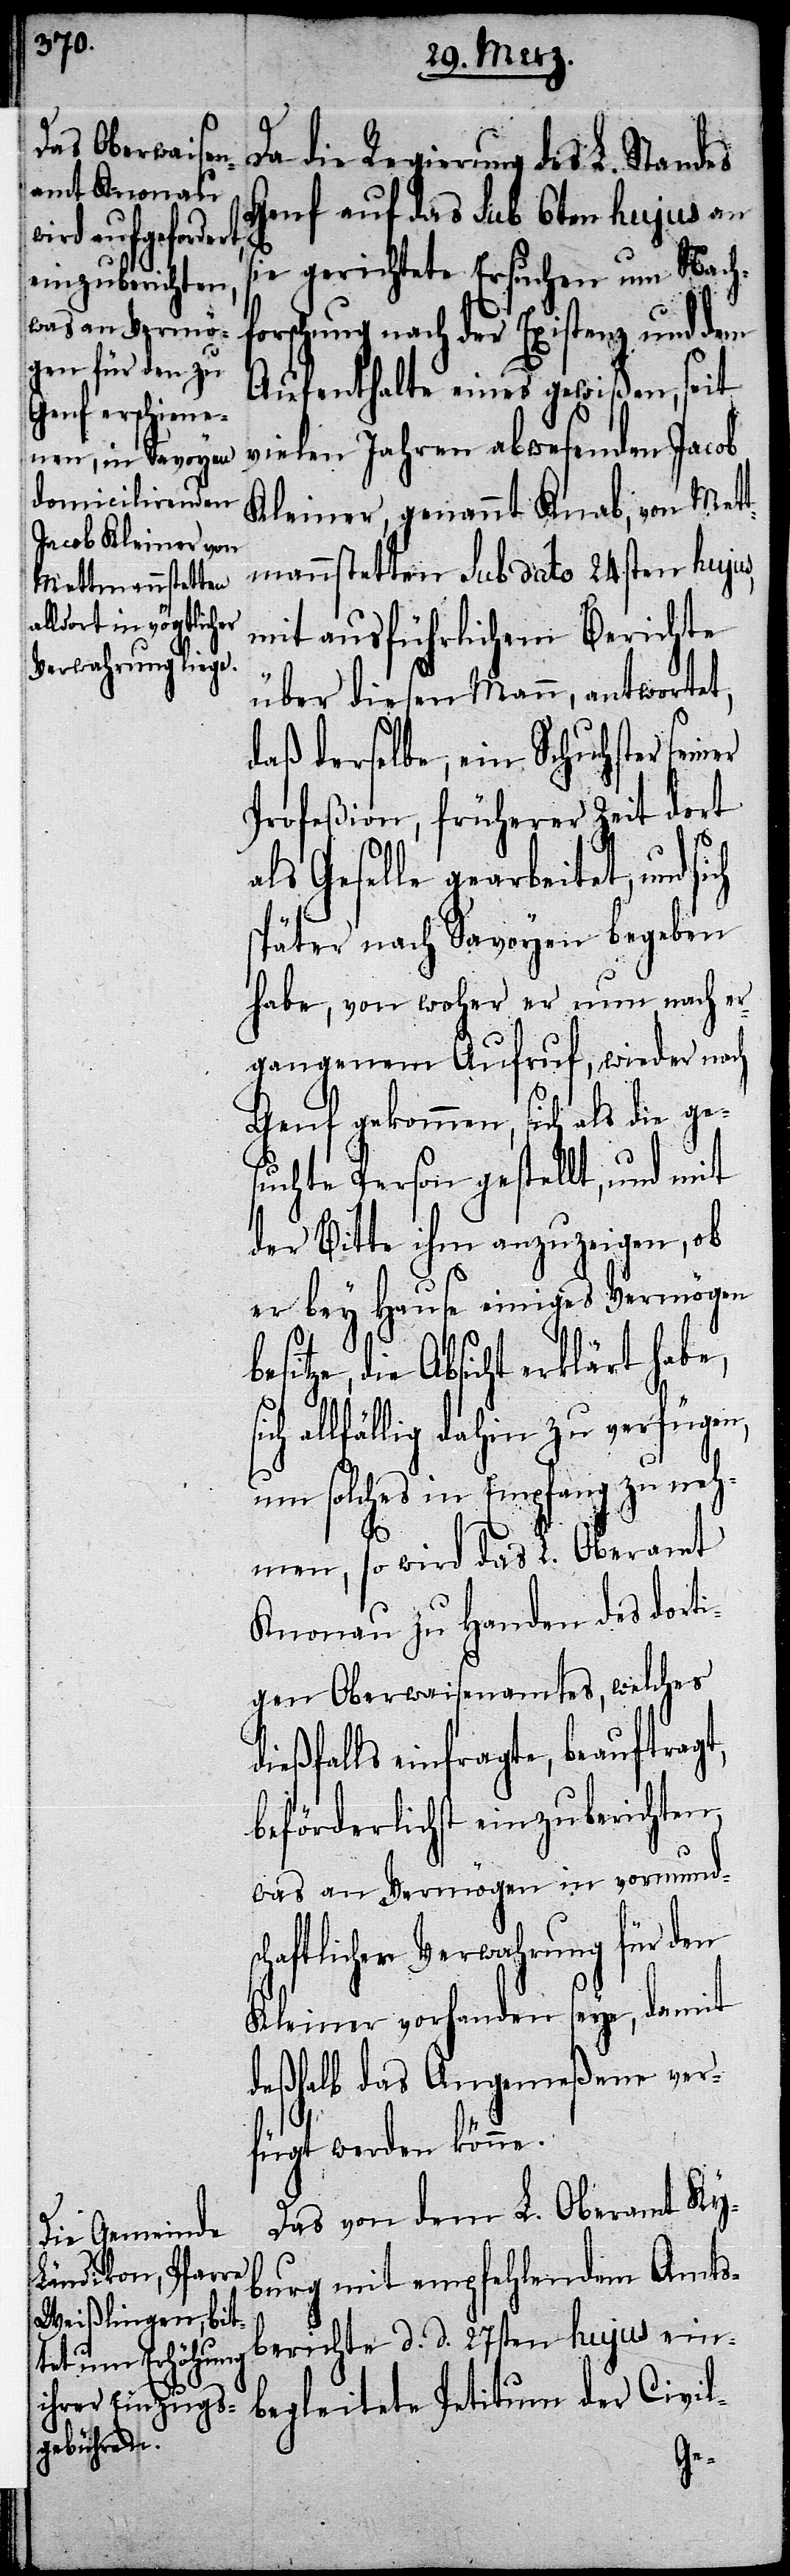
Da die Regierung des L. Standes
Genf auf das Sub 6ten hujus an s¬
ie gerichtete Ersuchen um Nachf¬
orschung nach der Existenz und dem
Aufenthalte eines gewißen, seit
vielen Jahren abwesenden Jacob
Kleiner, genannt Knab, von Met¬
tmannstetten sub dato 24sten hujus,
mit ausführlichem Berichte
über diesen Mann, antwortet,
daß derselbe, ein Schuhster sein¬
Profeßion, früherer Zeit dort
als Geselle gearbeitet, und
später nach Savoyen begeben
habe, von woher er nun, nach er¬
gangenem Aufruf, wieder nach
Genf gekommen, sich als die ges¬
uchte Person gestellt, und mit
der Bitte ihm anzuzeigen, ob
er bey Hause einiges Vermögen
lärt habe, sich al¬
lfällig dahin zu verfügen,
um solches in Empfang zu neh¬
men, so wird das L. Oberamt
Knonau zu Handen des dorti¬
gen Oberwaisenamtes, welches
eßfalls einfragte, beauftragt,
beförderlichst einzuberichten,
was an Vermögen in vormund¬
schaftlicher Verwahrung für den
Kleiner vorhanden seye, damit
deßhalb das Angemeßene ver¬
fügt werden könne.
Das von dem L. Oberamt Ky¬
burg mit empfehlendem Amts¬
berichte d. d. 27sten hujus ein¬
begleitete Petitum der Civil-
di¬